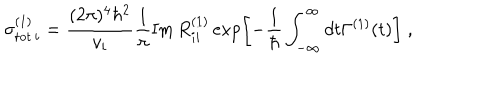
LaTeX: \sigma _ { \mathrm { t o t } \, i } ^ { ( 1 ) } = \frac { ( 2 \pi ) ^ { 4 } \hbar ^ { 2 } } { v _ { i } } \frac { 1 } { \pi } \mathrm { I m } \, R _ { i i } ^ { ( 1 ) } \exp \left[ - \frac { 1 } { \hbar } \int _ { - \infty } ^ { \infty } d t \Gamma ^ { ( 1 ) } ( t ) \right] \; ,